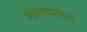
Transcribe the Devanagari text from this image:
अंडाशयातील